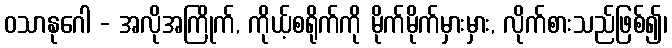
ဝသာနုဂေါ - အလိုအကြိုက်, ကိုယ့်စရိုက်ကို မိုက်မိုက်မှားမှား, လိုက်စားသည်ဖြစ်၍၊